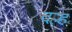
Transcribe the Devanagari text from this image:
दल्ह